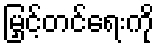
မြှင့်တင်ရေးကို